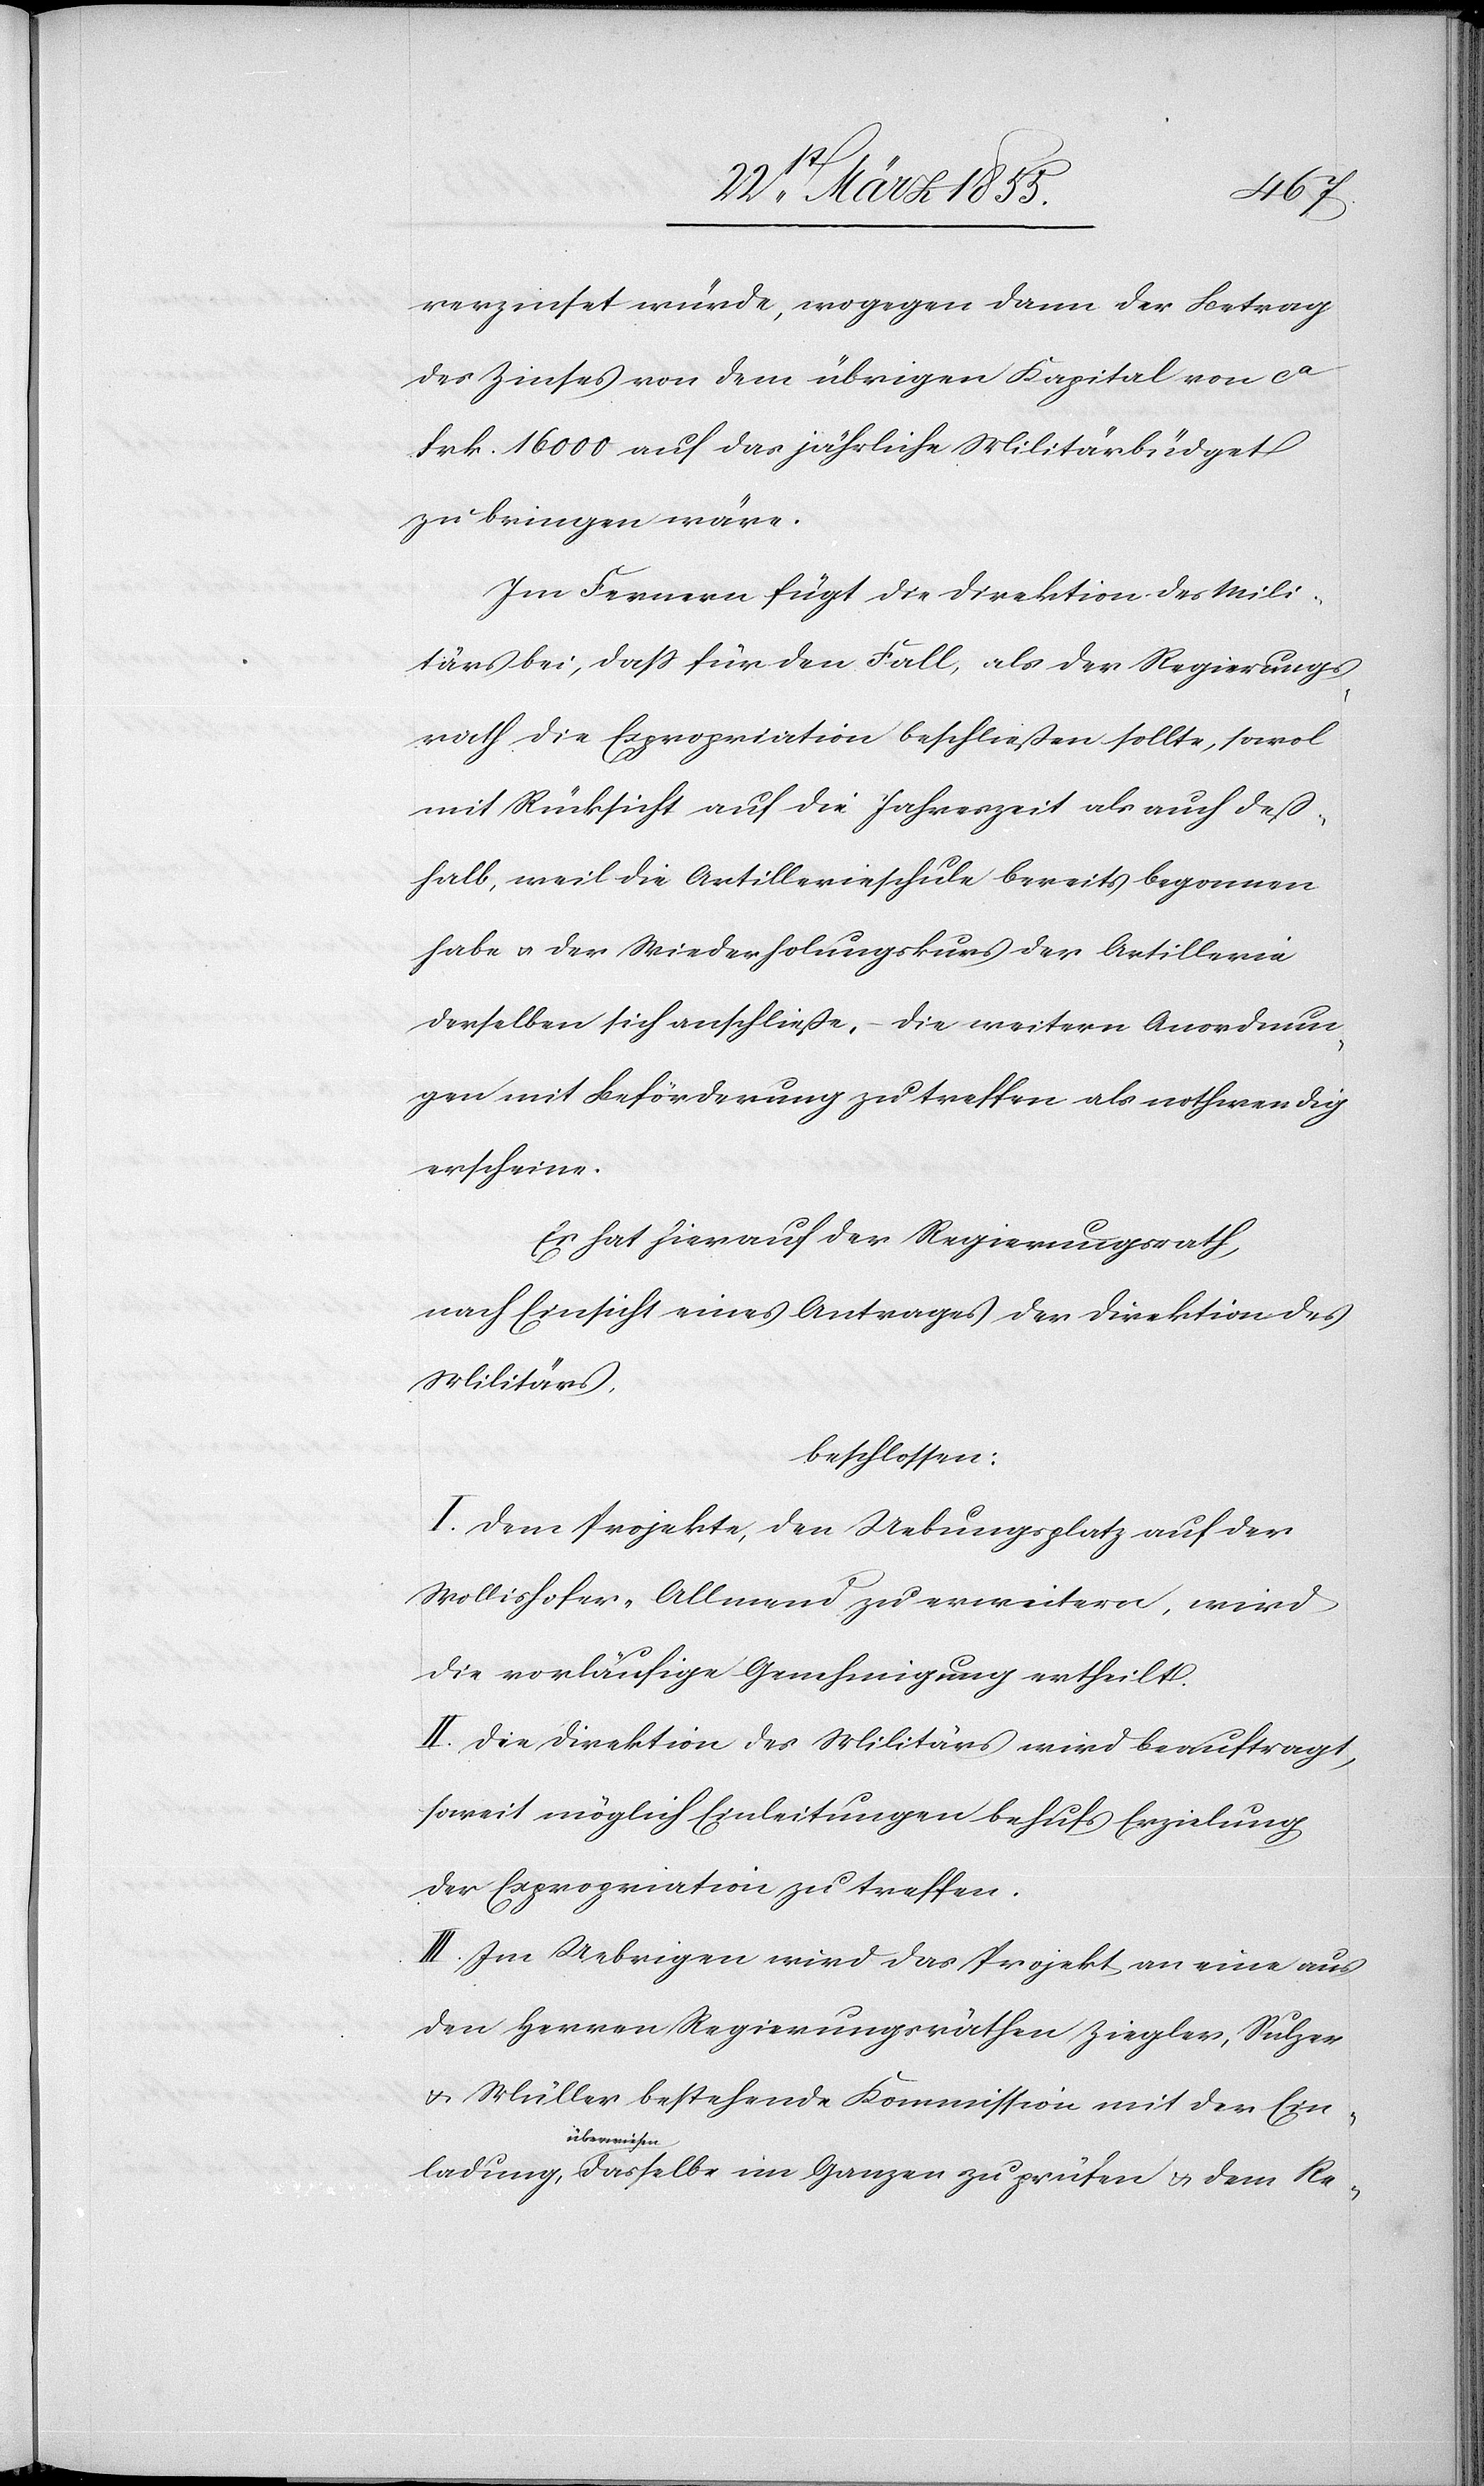
ladung
verzinset würde, wogegen dann der Betrag
des Zinses von dem übrigen Kapital von ca
Frk. 16 000 auf das jährliche Militärbüdget
zu bringen wäre.
Im Fernern fügt die Direktion des Mili¬
tärs bei; dass für den Fall, als der Regierungs¬
rath die Expropriation beschließen sollte, sowol
mit Rücksicht auf die Jahrszeit als auch deß¬
halb, weil die Artillerieschule bereits begonnen
habe & der Wiederholungskurs der Artillerie
derselben sich anschließe, – die weitern Anordnun¬
gen mit Beförderung zu treffen als nothwendig
erscheine.
Es hat hierauf der Regierungsrath,
nach Einsicht eines Antrages der Direktion des
Militärs,
beschlossen:
I. Dem Projekte, der Uebungsplatz auf der
Wollishofer-Allmend zu erweitern, wird
die vorläufige Genehmigung ertheilt.
II. Die Direktion des Militärs wird beauftragt,
soweit möglich Einleitungen behufs Erzielung
der Expropriation zu treffen.
III. Im Uebrigen wird das Projekt an eine aus
den Herren Regierungsräthen Ziegler, Sulzer
& Müller bestehende Kommission mit der Ein¬
überwiesen,